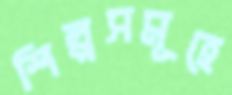
শিল্পসমূহে